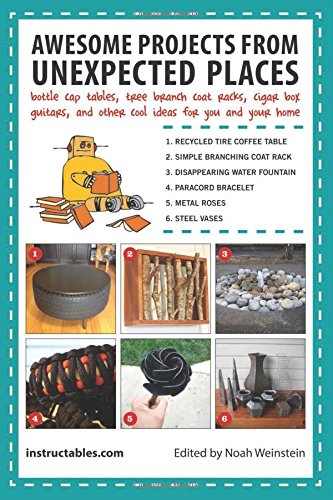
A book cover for Awesome Projects from Unexpected Places: Bottle Cap Tables, Tree Branch Coat Racks, Cigar Box Guitars, and Other Cool Ideas for You and Your Home; Instructables.com; Crafts, Hobbies & Home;